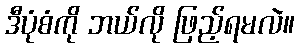
ဒီပုံစံကို ဘယ်လို ဖြည့်ရမလဲ။